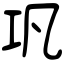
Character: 巩